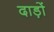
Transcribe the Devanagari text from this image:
दाड़ों